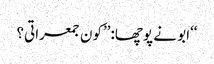
‘‘ابو نے پوچھا:’’کون جمعراتی؟